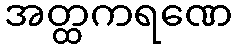
အတ္ထကရဏေ